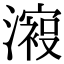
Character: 𣿟